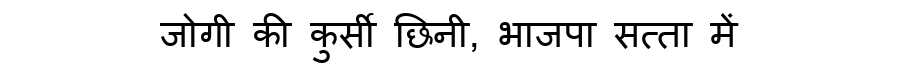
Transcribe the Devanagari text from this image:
जोगी की कुर्सी छिनी, भाजपा सत्ता में